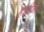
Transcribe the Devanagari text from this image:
हारीने